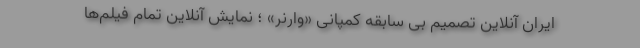
ایران آنلاین تصمیم بی سابقه کمپانی «وارنر» ؛ نمایش آنلاین تمام فیلم‌ها